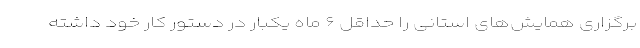
برگزاری همایش‌های استانی را حداقل ۶ ماه یکبار در دستور کار خود داشته